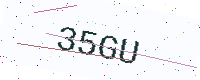
Text: 35GU